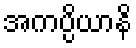
အကပ္ပိယာနိ